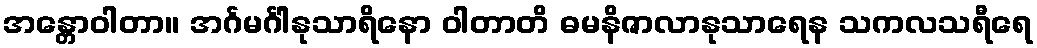
အန္တောဝါတာ။ အင်္ဂမင်္ဂါနုသာရိနော ဝါတာတိ ဓမနိဇာလာနုသာရေန သကလသရီရေ